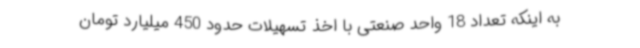
به اینکه تعداد 18 واحد صنعتی با اخذ تسهیلات حدود 450 میلیارد تومان